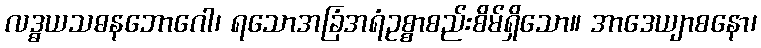
လဒ္ဓယသဓနဘောဂေါ၊ ရသောအခြံအရံဥစ္စာစည်းစိမ်ရှိသော။ အာဒေယျာစနော၊